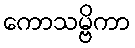
ကောသမ္ဗိကာ